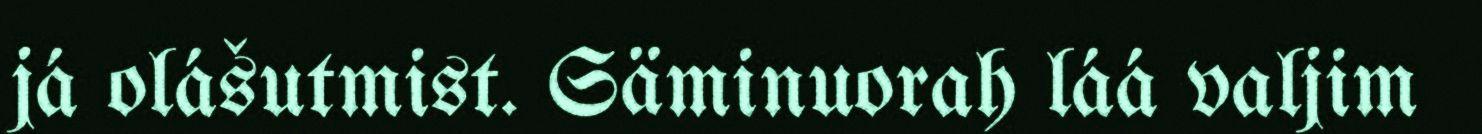
já olášutmist. Säminuorah láá valjim